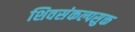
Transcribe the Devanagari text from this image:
शिवसंकल्पसुक्त